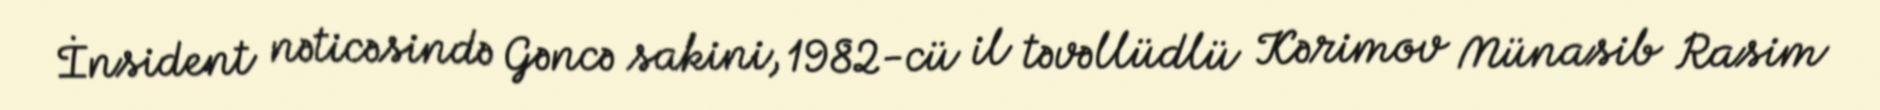
İnsident nəticəsində Gəncə sakini, 1982-cü il təvəllüdlü Kərimov Münasib Rasim